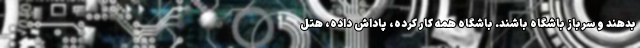
بدهند و سرباز باشگاه باشند. باشگاه همه کار کرده، پاداش داده، هتل